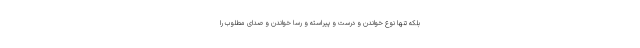
بلکه تنها نوع خواندن و درست و پیراسته و رسا خواندن و صدای مطلوب را